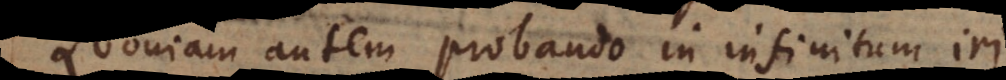
ia autem probando in infinitum iri